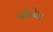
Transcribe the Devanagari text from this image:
पोनेन